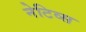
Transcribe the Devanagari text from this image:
नेटिव्स